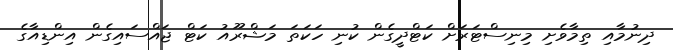
ދިނުމާއި ތިމާވެށި މިނިސްޓަރަށް ކަޓްދީގެން ކުނި ހަކަތަ މަޝްރޫއު ކަޓް ޖައްސައިގެން އިންޑިއާގެ